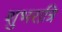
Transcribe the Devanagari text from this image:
शुभरात्रि